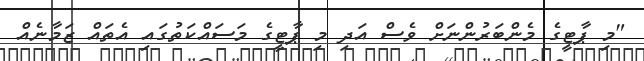
"މި ޕާޓީގެ މެންބަރުންނަށް ވެސް އަދި މި ޕާޓީގެ މަސައްކަތުގައި އެތައް ޒަމާނެއް